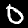
Digit: 0